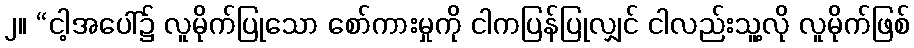
၂။ “ငါ့အပေါ်၌ လူမိုက်ပြုသော စော်ကားမှုကို ငါကပြန်ပြုလျှင် ငါလည်းသူ့လို လူမိုက်ဖြစ်